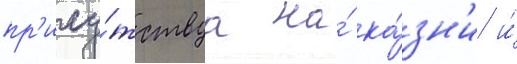
пр'ису́тствуа на́ ка́зн'и и́